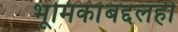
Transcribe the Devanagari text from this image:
भूमिकांबद्दलही